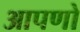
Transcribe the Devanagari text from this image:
आपणो